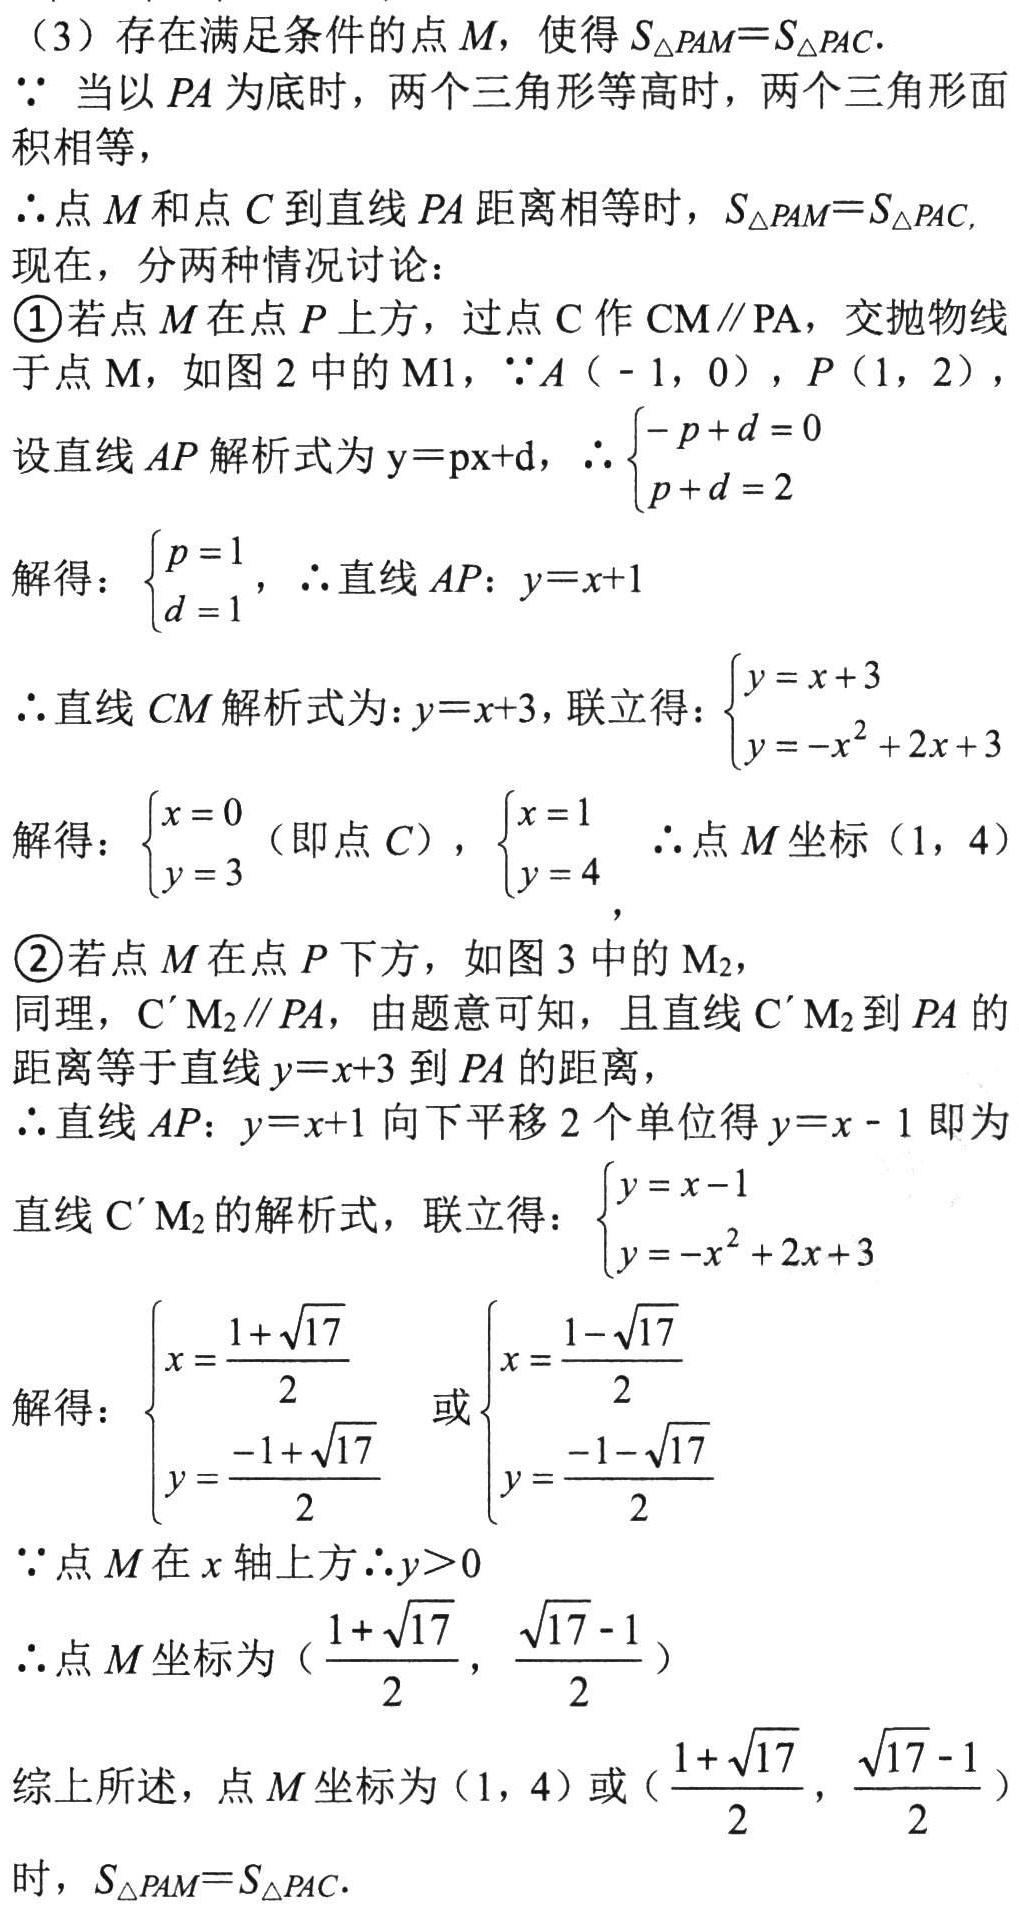
（3）存在满足条件的点\(M\)，使得\(S_{\triangle PAM}=S_{\triangle PAC}\).
\(\because\)当以\(PA\)为底时，两个三角形等高时，两个三角形面积相等，
\(\therefore\)点\(M\)和点\(C\)到直线\(PA\)距离相等时，\(S_{\triangle PAM}=S_{\triangle PAC}\).
现在，分两种情况讨论：
\textcircled{1}若点\(M\)在点\(P\)上方，过点\(C\)作\(CM\parallel PA\)，交抛物线于点\(M\)，如图2中的\(M_1\)，\(\because A(-1,0)\)，\(P(1,2)\)，
设直线\(AP\)解析式为\(y = px + d\)，\(\therefore\begin{cases}-p + d = 0\\p + d = 2\end{cases}\)
解得：\(\begin{cases}p = 1\\d = 1\end{cases}\)，\(\therefore\)直线\(AP\)：\(y = x + 1\)
\(\therefore\)直线\(CM\)解析式为：\(y = x + 3\)，联立得：\(\begin{cases}y = x + 3\\y = -x^{2}+2x + 3\end{cases}\)
解得：\(\begin{cases}x = 0\\y = 3\end{cases}\)（即点\(C\)），\(\begin{cases}x = 1\\y = 4\end{cases}\) ，\(\therefore\)点\(M\)坐标\((1,4)\)
\textcircled{2}若点\(M\)在点\(P\)下方，如图3中的\(M_2\)，
同理，\(C'M_2\parallel PA\)，由题意可知，且直线\(C'M_2\)到\(PA\)的距离等于直线\(y = x + 3\)到\(PA\)的距离，
\(\therefore\)直线\(AP\)：\(y = x + 1\)向下平移\(2\)个单位得\(y = x - 1\)即为直线\(C'M_2\)的解析式，联立得：\(\begin{cases}y = x - 1\\y = -x^{2}+2x + 3\end{cases}\)
解得：\(\begin{cases}x=\frac{1 + \sqrt{17}}{2}\\y=\frac{-1 + \sqrt{17}}{2}\end{cases}\)或\(\begin{cases}x=\frac{1 - \sqrt{17}}{2}\\y=\frac{-1 - \sqrt{17}}{2}\end{cases}\)
\(\because\)点\(M\)在\(x\)轴上方\(\therefore y>0\)
\(\therefore\)点\(M\)坐标为\((\frac{1 + \sqrt{17}}{2},\frac{\sqrt{17} - 1}{2})\)
综上所述，点\(M\)坐标为\((1,4)\)或\((\frac{1 + \sqrt{17}}{2},\frac{\sqrt{17} - 1}{2})\)时，\(S_{\triangle PAM}=S_{\triangle PAC}\).